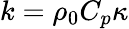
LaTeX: k=\rho_{\mathrm{0}}C_{p}\kappa